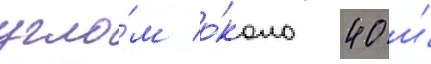
угло́м о́коло 40 и́